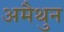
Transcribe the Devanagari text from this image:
अमैथुन